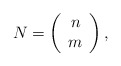
\begin{align*}N=\left(\begin{array}{cc}n \\m\end{array}\right),\end{align*}